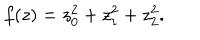
LaTeX: f ( z ) = z _ { 0 } ^ { 2 } + z _ { 1 } ^ { 2 } + z _ { 2 } ^ { 2 } .